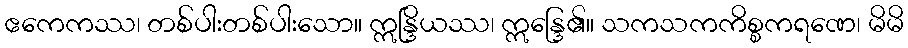
ဧကေကဿ၊ တစ်ပါးတစ်ပါးသော။ ဣန္ဒြိယဿ၊ ဣန္ဒြေ၏။ သကသကကိစ္စကရဏေ၊ မိမိ